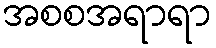
အစစအရာရာ